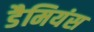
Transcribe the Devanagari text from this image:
डैमियंस